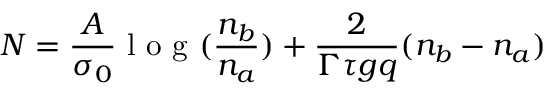
N = \frac { A } { \sigma _ { 0 } } \textrm { l o g } ( \frac { n _ { b } } { n _ { a } } ) + \frac { 2 } { \Gamma \tau g q } ( n _ { b } - n _ { a } )